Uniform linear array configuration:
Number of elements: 16
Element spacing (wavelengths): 0.25
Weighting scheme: hann
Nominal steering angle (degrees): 45
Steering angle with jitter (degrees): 46.403
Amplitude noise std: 0.05
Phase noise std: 0.05

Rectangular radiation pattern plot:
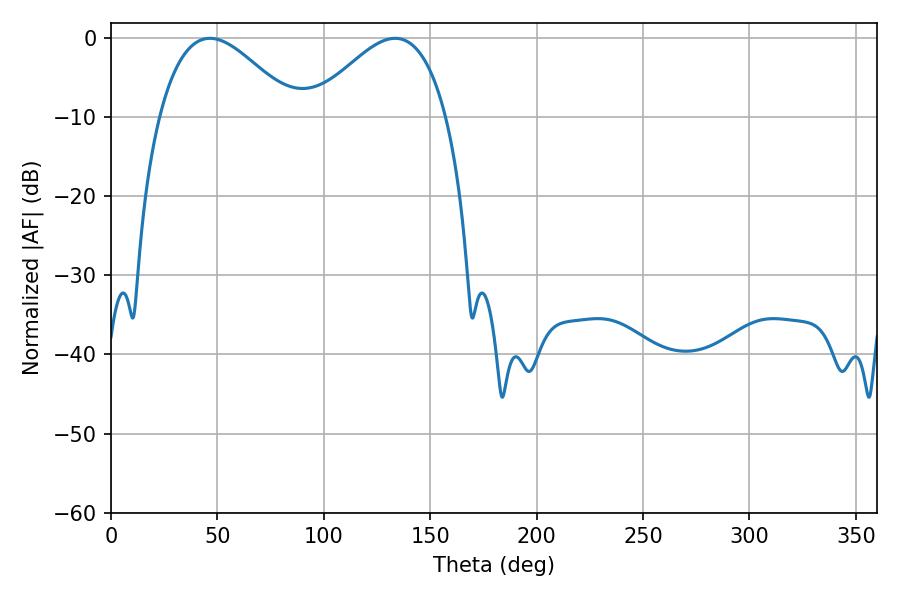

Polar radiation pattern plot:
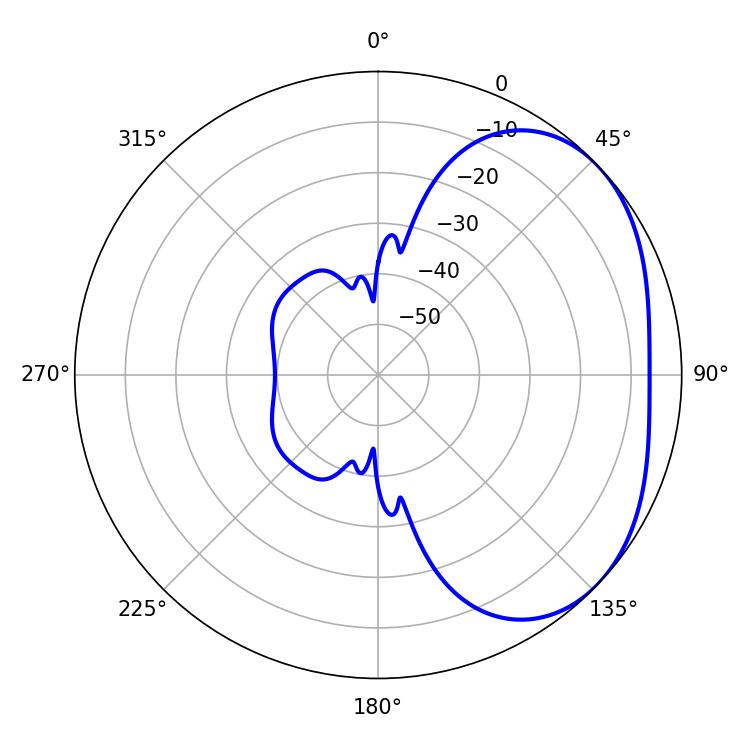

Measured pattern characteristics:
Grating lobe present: FALSE
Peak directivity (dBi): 2.952
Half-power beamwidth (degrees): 34.38
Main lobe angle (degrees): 46.44